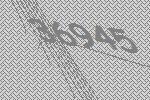
36945